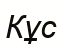
Кұс